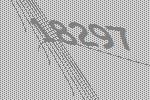
18297